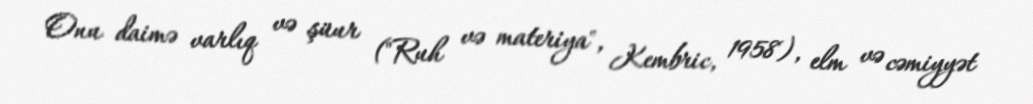
Onu daimə varlıq və şüur ("Ruh və materiya", Kembric, 1958), elm və cəmiyyət